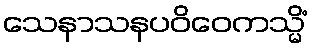
သေနာသနပဝိဝေကသ္မိံ